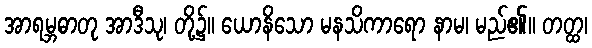
အာရမ္ဘဓာတု အာဒီသု၊ တို့၌။ ယောနိသော မနသိကာရော နာမ၊ မည်၏။ တတ္ထ၊